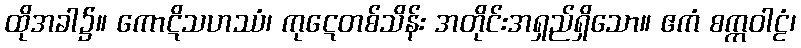
ထိုအခါ၌။ ကောဋိသဟဿံ၊ ကုဋေတစ်သိန်း အတိုင်းအရှည်ရှိသော။ ဧကံ စက္ကဝါဠံ၊